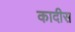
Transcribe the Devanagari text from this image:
कादीस